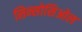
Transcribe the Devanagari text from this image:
सिन्सोसिओल